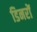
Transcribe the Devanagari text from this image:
डिनरों